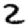
Digit: 2